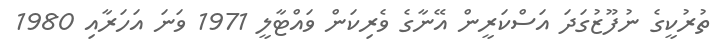
ތުރުކީގެ ނުފޫޒުގަދަ އަސްކަރީން އޭނާގެ ވެރިކަން ވައްޓާލީ 1971 ވަނަ އަހަރާއި 1980